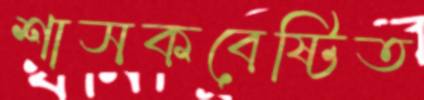
শাসকবেষ্টিত